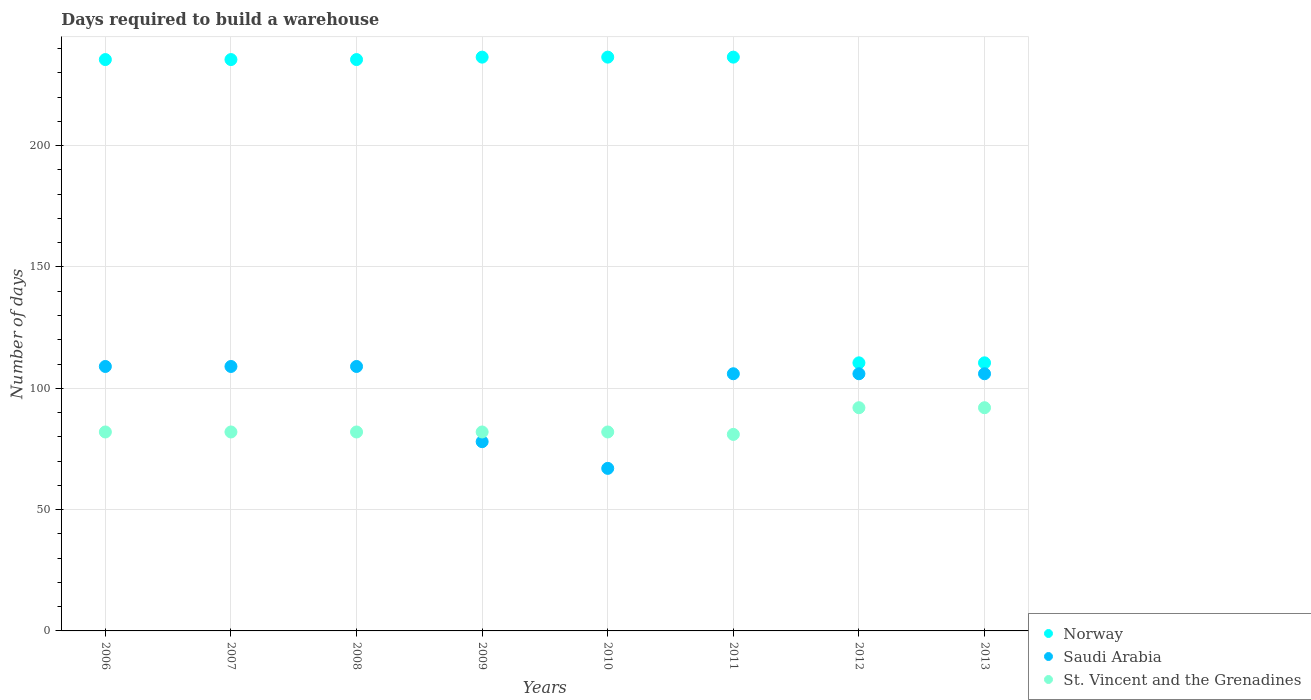
| Years | Norway | Saudi Arabia | St. Vincent and the Grenadines |
 | --- | --- | --- | --- |
 | 2006 | 236 | 109 | 82 |
 | 2007 | 236 | 109 | 82 |
 | 2008 | 236 | 109 | 82 |
 | 2009 | 236 | 78 | 82 |
 | 2010 | 236 | 67 | 82 |
 | 2011 | 236 | 106 | 81 |
 | 2012 | 110 | 106 | 92 |
 | 2013 | 110 | 106 | 92 |